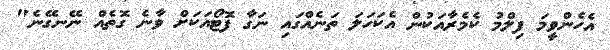
އެހެންވީމަ ފިލްމު ކެމެރާއަކުން އެކަހަލަ ތަނެއްގައި ނަގާ ފޮޓޯއަކަށް ވާނެ ގޮތެއް ނޭނގޭނެ"